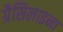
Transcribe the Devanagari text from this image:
ग्रैसिलाइना